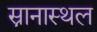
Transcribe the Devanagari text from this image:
स्नानास्थल